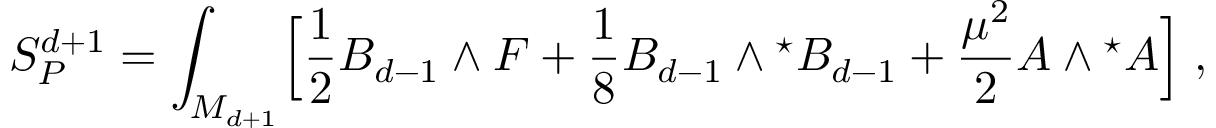
S _ { P } ^ { d + 1 } = \int _ { M _ { d + 1 } } \Bigl [ { \frac { 1 } { 2 } } B _ { d - 1 } \wedge F + { \frac { 1 } { 8 } } B _ { d - 1 } \wedge { } ^ { \star } B _ { d - 1 } + { \frac { \mu ^ { 2 } } { 2 } } A \wedge { } ^ { \star } A \Bigl ] \; ,